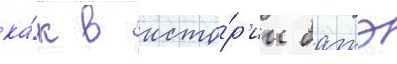
ка́к в исто́р'ии батэ